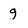
Character: g